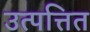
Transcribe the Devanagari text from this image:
उत्पत्तित